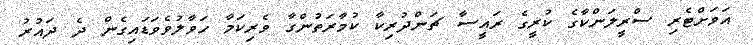
އަވަށްޓެރި ސްރީލަންކާގެ ކުރީގެ ރައީސާ ޗަންދުރިކާ ކުމާރަތުންގާ ވެރިކަމާ ހަވާލުވެވަޑައިގެން ދެ ދައުރު